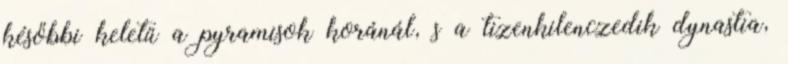
későbbi keletű a pyramisok koránál, s a tizenkilenczedik dynastia,